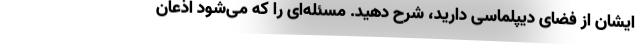
ایشان از فضای دیپلماسی دارید، شرح دهید. مسئله‌ای را که می‌شود اذعان